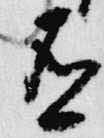
有